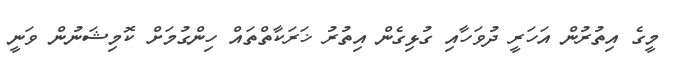
މީގެ އިތުރުން އަހަރީ ދުވަހާއި ގުޅިގެން އިތުރު ޚަރަކާތްތައް ހިންގުމަށް ކޮމިޝަނުން ވަނީ